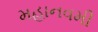
મહાનવમી